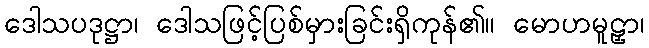
ဒေါသပဒုဋ္ဌာ၊ ဒေါသဖြင့်ပြစ်မှားခြင်းရှိကုန်၏။ မောဟမူဠှာ၊